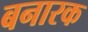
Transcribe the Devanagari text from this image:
बनारक